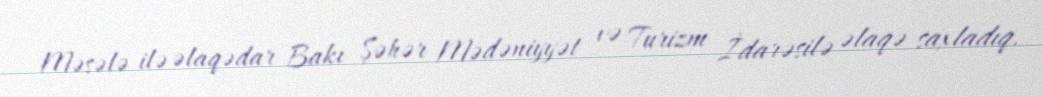
Məsələ ilə əlaqədar Bakı Şəhər Mədəniyyət və Turizm İdarəsilə əlaqə saxladıq.